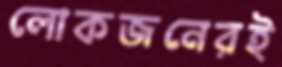
লোকজনেরই